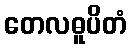
တေလဓူပိတံ